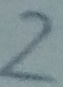
Text: 2